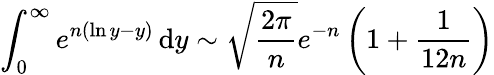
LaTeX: \int_{0}^{\infty}e^{n(\ln y-y)}\, \mathrm{{d}}y\sim{\sqrt{\frac{2\pi}{n}}}e^{-n}\left(1+{\frac{1}{12n}}\right)